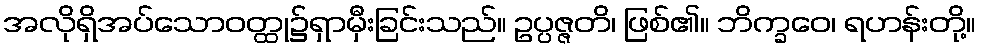
အလိုရှိအပ်သောဝတ္ထု၌ရှာမှီးခြင်းသည်။ ဥပ္ပဇ္ဇတိ၊ ဖြစ်၏။ ဘိက္ခဝေ၊ ရဟန်းတို့။